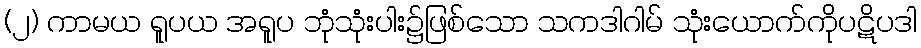
(၂) ကာမယ ရူပယ အရူပ ဘုံသုံးပါး၌ဖြစ်သော သကဒါဂါမ် သုံးယောက်ကိုပဋိပဒါ